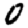
Digit: 0